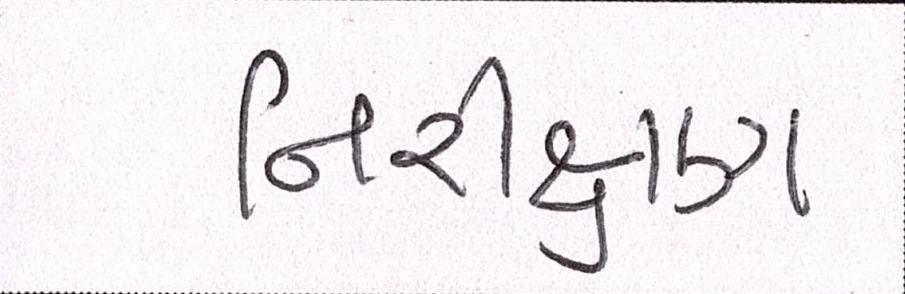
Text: નિરીક્ષણ